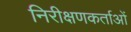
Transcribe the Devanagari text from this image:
निरीक्षणकर्ताओं